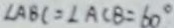
\angle A B C = \angle A C B = 6 0 ^ { \circ }